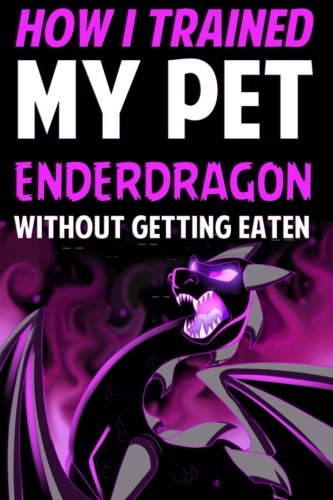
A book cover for How I Trained My Pet Enderdragon Without Getting Eaten: An Adventure Book Based on Minecraft (Unofficial); Jack Smith; Humor & Entertainment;